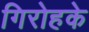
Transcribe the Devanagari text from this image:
गिरोहके